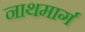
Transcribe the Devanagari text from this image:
नाथमार्ग